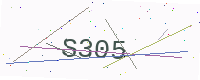
Text: S305